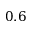
0 . 6